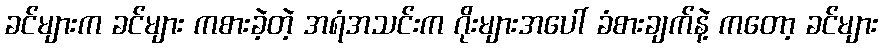
ခင်များက ခင်များ ကစားခဲ့တဲ့ အရံအသင်းက ဂိုးများအပေါ် ခံစားချက်နဲ့ ကတော့ ခင်များ